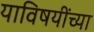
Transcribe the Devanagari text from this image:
याविषयींच्या